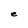
Character: e